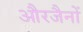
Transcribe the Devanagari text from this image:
औरजैनों